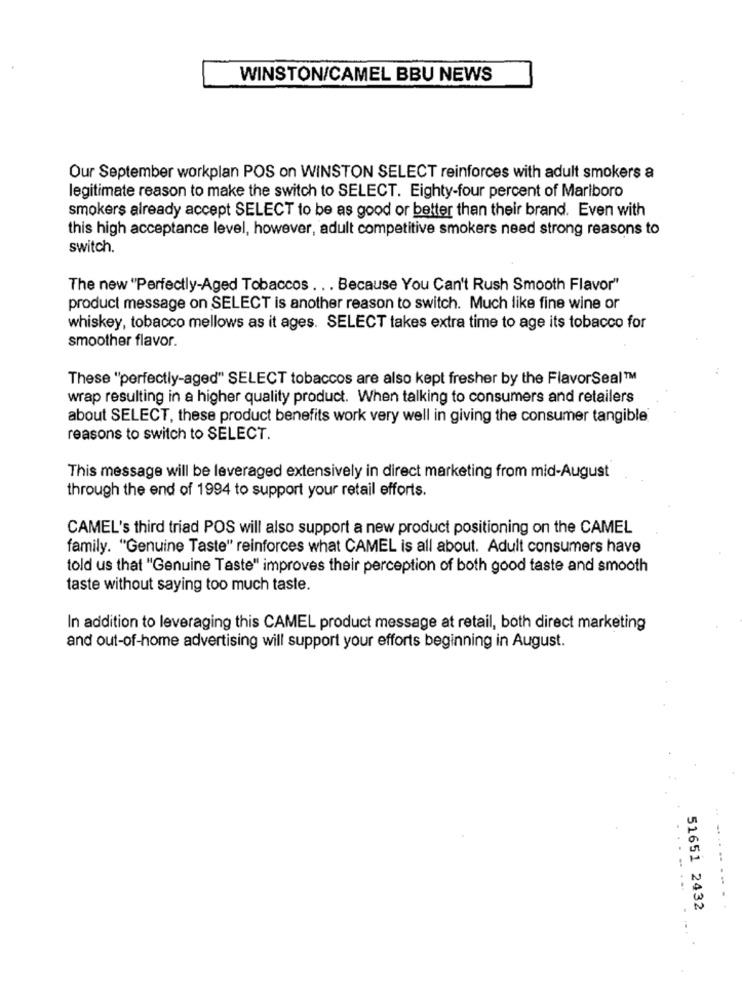
WINSTON/CAMEL BBU NEWS
Our September workplan POS on WINSTON SELECT reinforces with adult smokers a
legitimate reason to make the switch to SELECT. Eighty-four percent of Marlboro
smokers already accept SELECT to be as good or better than their brand. Even with
this high acceptance level, however, adult competitive smokers need strong reasons to
switch.
The new "Perfectly-Aged Tobaccos . . . Because You Can't Rush Smooth Flavor"
product message on SELECT is another reason to switch. Much like fine wine or
whiskey, tobacco mellows as it ages. SELECT takes extra time to age its tobacco for
smoother flavor.
These "perfectly-aged" SELECT tobaccos are also kept fresher by the FlavorSeal™
wrap resulting in a higher quality product. When talking to consumers and retailers
about SELECT, these product benefits work very well in giving the consumer tangible
reasons to switch to SELECT.
This message will be leveraged extensively in direct marketing from mid-August
through the end of 1994 to support your retail efforts.
CAMEL's third triad POS will also support a new product positioning on the CAMEL
family. "Genuine Taste" reinforces what CAMEL is all about. Adult consumers have
told us that "Genuine Taste" improves their perception of both good taste and smooth
taste without saying too much taste.
In addition to leveraging this CAMEL product message at retail, both direct marketing
and out-of-home advertising will support your efforts beginning in August.
51651 2432